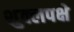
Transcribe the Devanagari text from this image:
शुक्लपक्षे